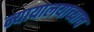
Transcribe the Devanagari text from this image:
न्यायालयाच्याच